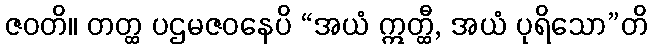
ဇဝတိ။ တတ္ထ ပဌမဇဝနေပိ “အယံ ဣတ္ထီ, အယံ ပုရိသော”တိ